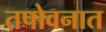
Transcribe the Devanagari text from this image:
तपोवनात